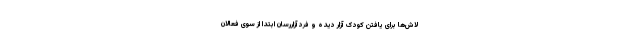
لاش‌ها برای یافتن کودک آزار دیده و فرد آزاررسان ابتدا از سوی فعالان